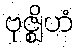
ဗုဇ္ဈိဟံ